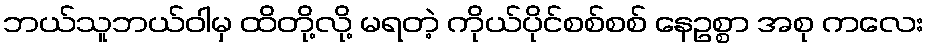
ဘယ်သူဘယ်ဝါမှ ထိတို့လို့ မရတဲ့ ကိုယ်ပိုင်စစ်စစ် နေဥစ္စာ အစု ကလေး